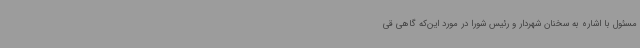
مسئول با اشاره به سخنان شهردار و رئیس شورا در مورد این‌که گاهی قی